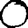
Digit: 0